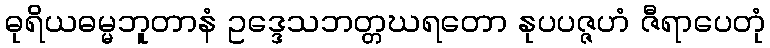
ဓုရိယဓမ္မဘူတာနံ ဥဒ္ဒေသဘတ္တဃရတော နုပပဇ္ဇဟံ ဇီရာပေတုံ